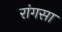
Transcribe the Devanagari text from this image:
रांगसा